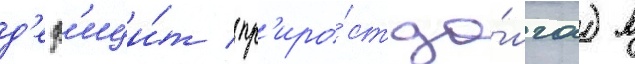
д'еф'ици́т (пр'иро́ст до́лга) в